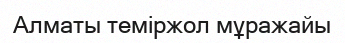
Алматы теміржол мұражайы